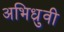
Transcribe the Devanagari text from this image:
अभिध्रुवी